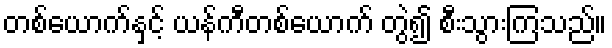
တစ်ယောက်နှင့် ယန်ကီတစ်ယောက် တွဲ၍ စီးသွားကြသည်။